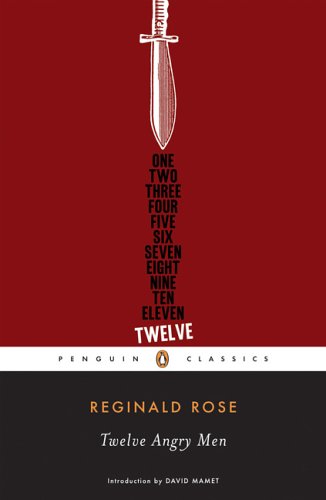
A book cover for Twelve Angry Men (Penguin Classics); Reginald Rose; Test Preparation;